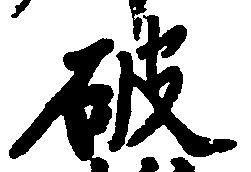
破